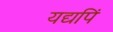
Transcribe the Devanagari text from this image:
यद्यपिं